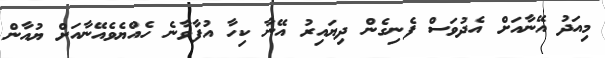
މިއަދު އޭނާއަށް އެދުވަސް ފެނިގެން ދިޔައިރު އޭނާ ކިހާ އުފާވާނެެ ހެއްޔެވެއޭނާއަށް ޔުއާން